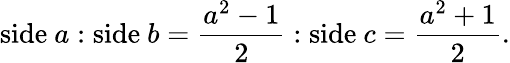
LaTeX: {\mathrm{side~}}a:{\mathrm{side~}}b={\frac{a^{2}-1}{2}}:{\mathrm{side~}}c={\frac{a^{2}+1}{2}}.